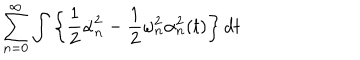
\sum _ { n = 0 } ^ { \infty } \int \left\{ \frac 1 2 \dot { \alpha } _ { n } ^ { 2 } - \frac 1 2 \omega _ { n } ^ { 2 } \alpha _ { n } ^ { 2 } ( t ) \right\} d t